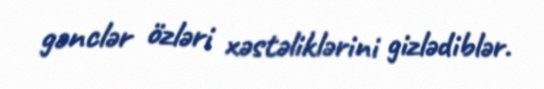
gənclər özləri xəstəliklərini gizlədiblər.